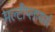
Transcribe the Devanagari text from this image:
मल्टीप्लायर्स